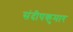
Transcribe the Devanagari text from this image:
संदीपकुमार